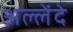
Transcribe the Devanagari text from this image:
अल्लेंदे